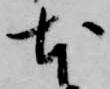
本